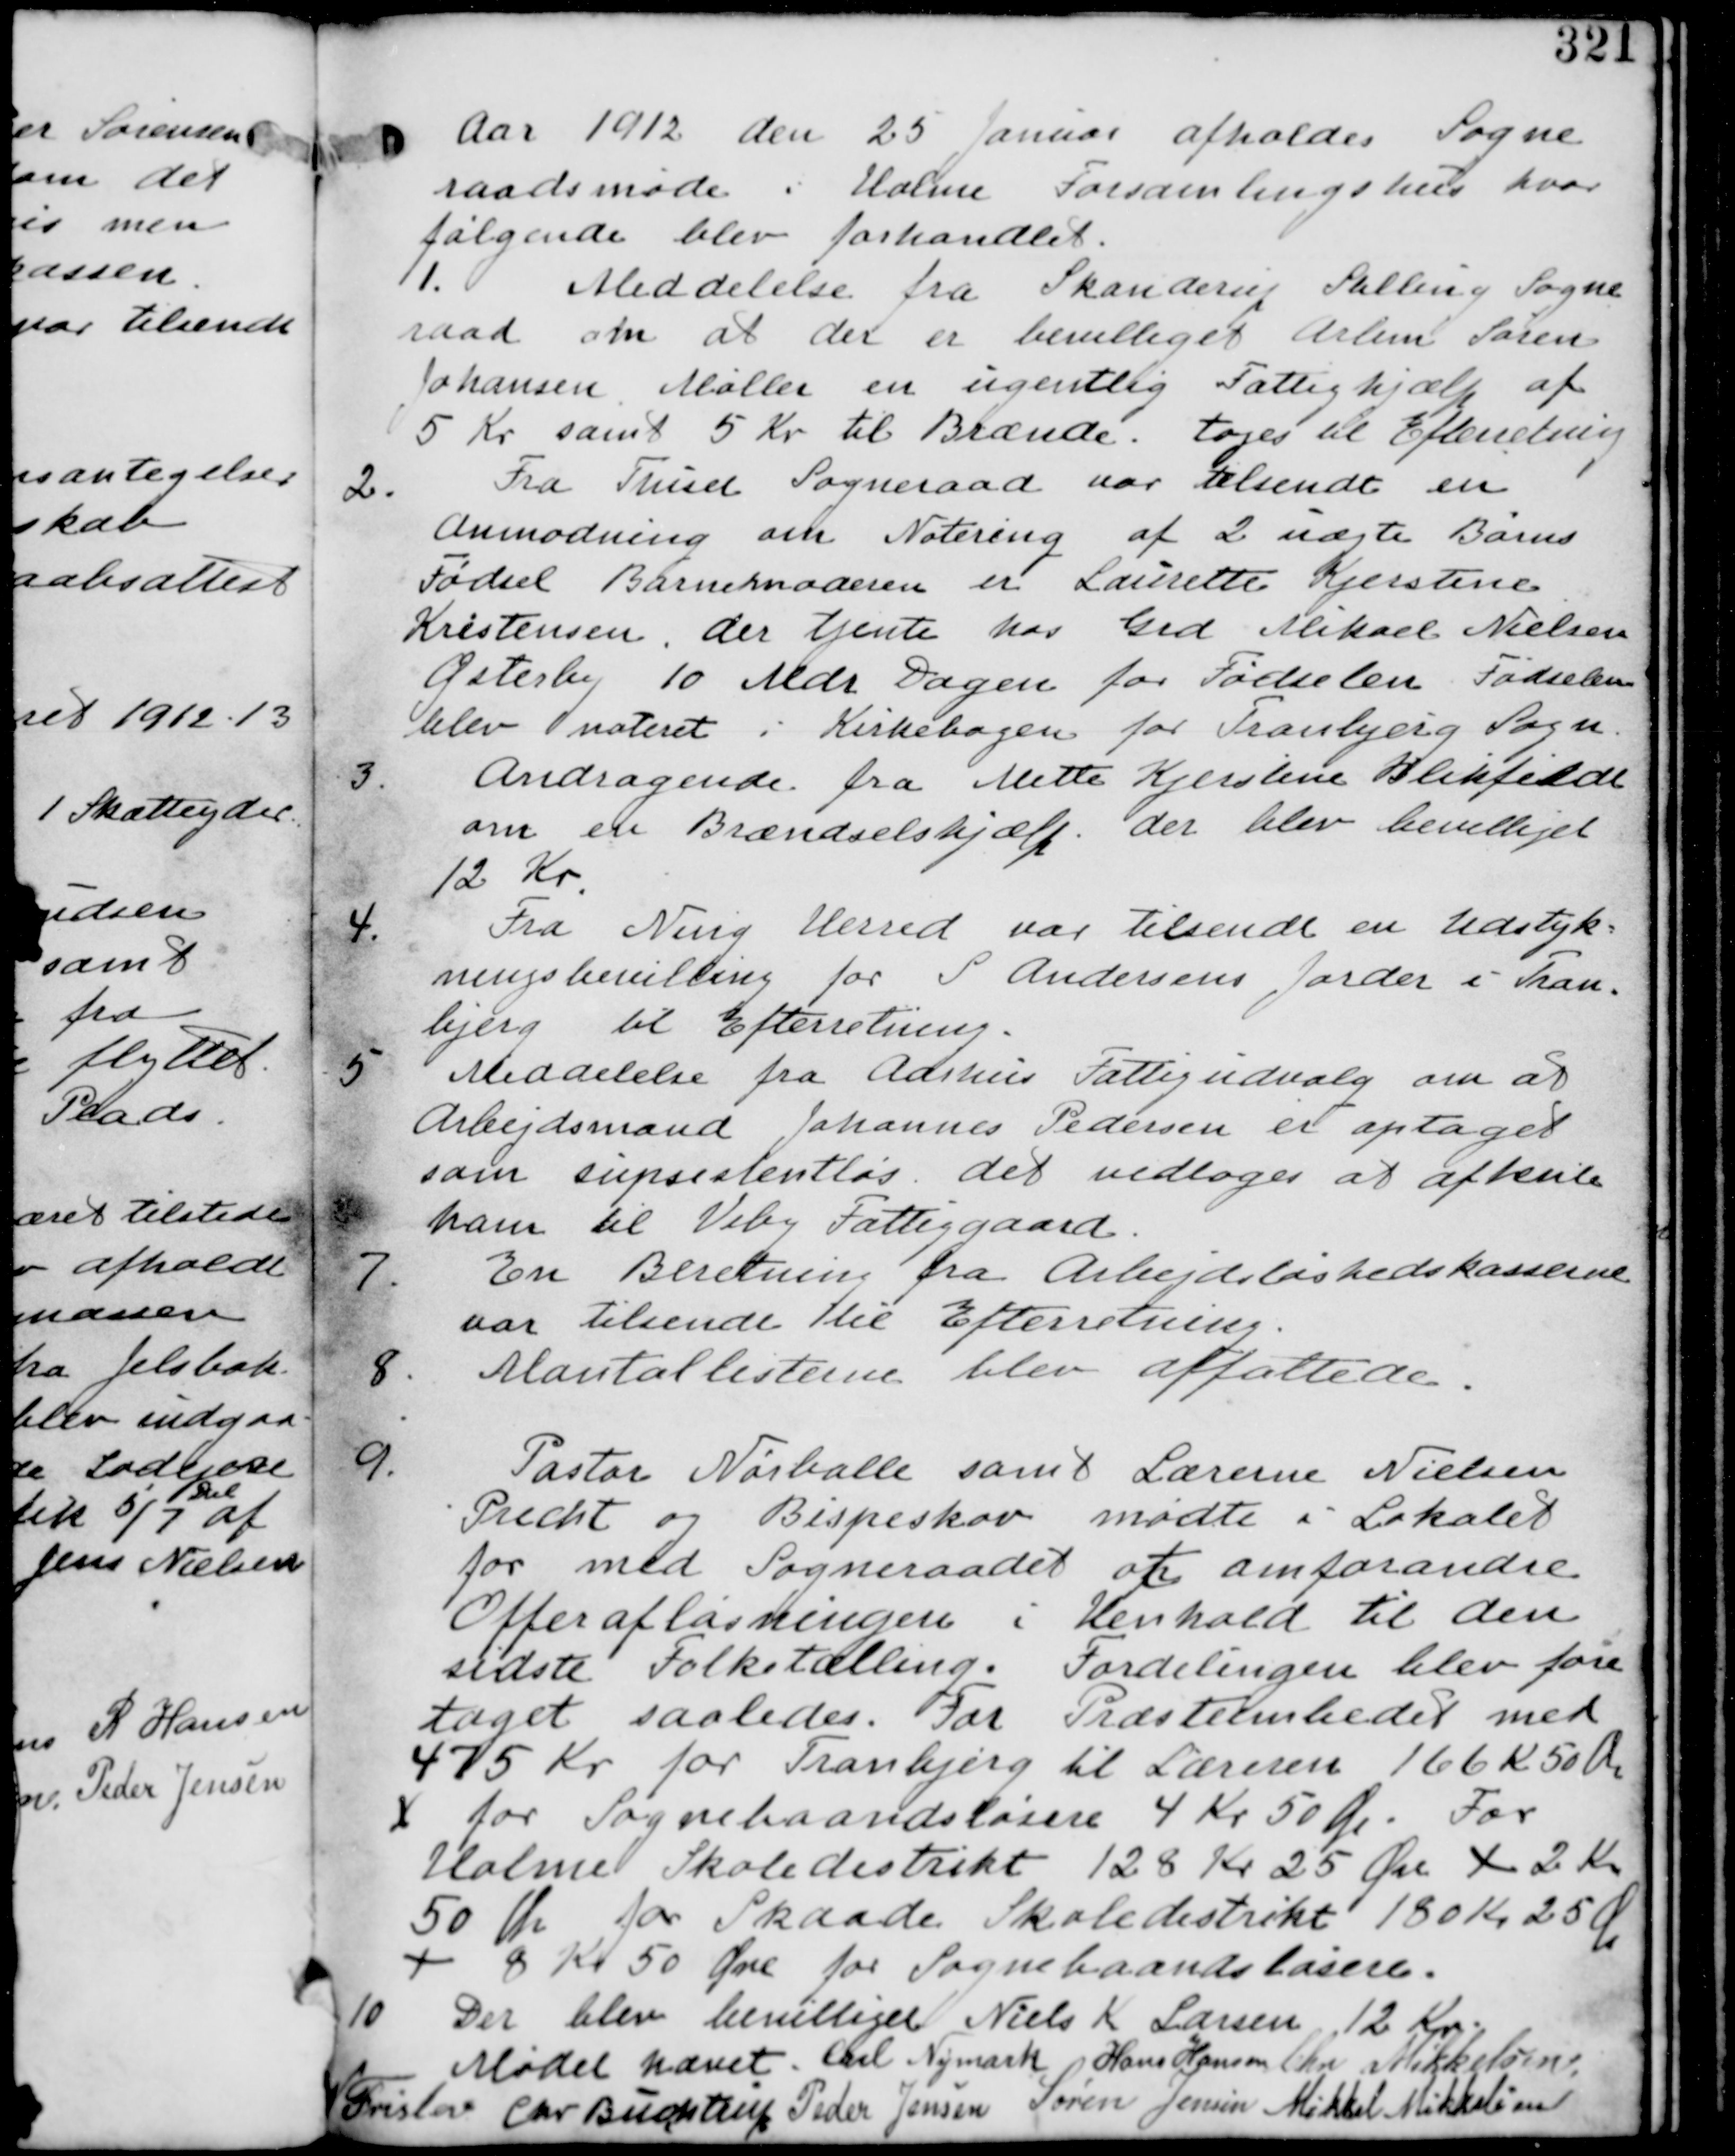
Transskription:
Aar 1912 den 25 Januar afholdes Sogne
raadsmøde i Holme Forsamlingshus hvor
følgende blev forhandlet.

1. Meddelelse fra Skanderup Stilling Sogne
raad om at der er bevilliget Arbm Søren
Johansen Møller en ugentlig Fattighjælp af
5 Kr samt 5 Kr til Brænde. tages til Efterretning

2. Fra Thu?? Sogneraad var tilsendt en
Anmodning om Notering af 2 uægte Børns
Fødsel Barnemoderen er Laurette Kjerstine
Kristensen, der tjente hos Grd Mikael Nielsen
Østerby 10 Mdr Dagen for Fødselen. Fødselen
blev noteret i Kirkebogen for Tragbjerg Sogn.

Andragende fra Mette Kjerstine Blikfeldt
om en Brændselshjælp. der blev bevilliget
12 Kr.

Fra Ning Herred var tilsendt en Udstyk
ningsbevilling for S. Andersens Jorder i Tran
bjerg til Efterretning

5. Meddelelse fra Aarhus Fattigudvalg om at
Arbejdsmand Johannes Pedersen er optaget
som supsistensløs. det vedtages at afhente
ham til Viby Fattiggaard.

7. En Beretning fra Arbejdsløshedskasserne
var tilsendt til Efterretning.

8. Mantalslisterne blev affattede.

9. Pastor Nørballe samt Lærerne Nielsen
Precht og Bispeskov mødte i Lokalet
for med Sogneraadet at omforandre
Offeraflæsningen i Henhold til den
sidste Folketælling. Fordelingen blev fore
taget saaledes. For Præsteembedet med
475 Kr for Tranbjerg til Lærerne 166 K 50 Øre
+ for Sognebaandsløsen 4 Kr 50 Øre. For
Holme Skoledistrikt 128 Kr 25 Øre + 2 Kr
50 Øre for Skaade Skoledistrikt 180 Kr 25 Øre
+ 8 Kr 50 Øre for Sognebaandsløsen

10. Der blev Bevilliget Niels K Larsen 12 Kr.

Mødet hævet

Carl Nymark Hans Hansen Chr Mikkelsen

Frislev Chr. Buchtrup Peder Jensen Søren Jensen Mikkel Mikkelsen